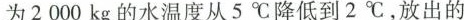
为2000kg的水温度从5℃降低到2℃，放出的